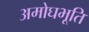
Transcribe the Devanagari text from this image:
अमोघभूति